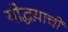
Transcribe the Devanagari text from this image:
योद्धय़ाची